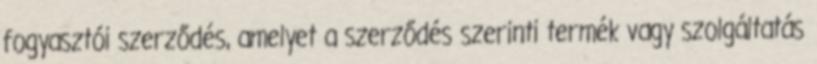
fogyasztói szerződés, amelyet a szerződés szerinti termék vagy szolgáltatás